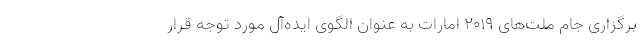
برگزارى جام ملت‌هاى 2019 امارات به عنوان الگوى ایده‌آل مورد توجه قرار